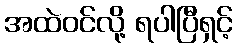
အထဲဝင်လို့ ရပါပြီရှင့်